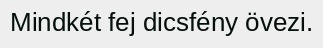
Mindkét fej dicsfény övezi.